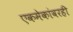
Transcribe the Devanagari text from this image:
एकमेकांवरही